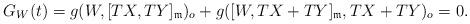
LaTeX: \begin{align*} G_W(t)=g(W, [TX, TY]_{\frak{m}})_o+g([W,TX+TY]_{\frak{m}}, TX+TY)_o=0.\end{align*}